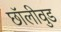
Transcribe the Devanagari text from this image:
छॉलीवुड